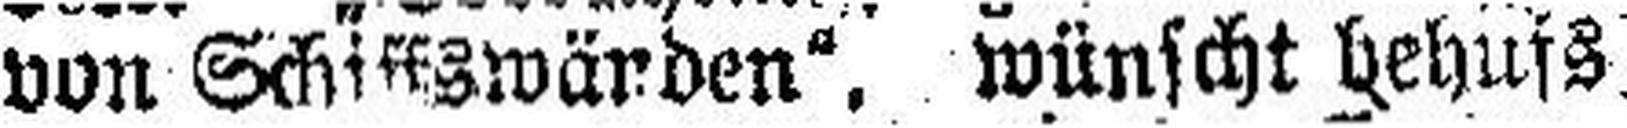
von Schiffswänden“, wünscht behufs